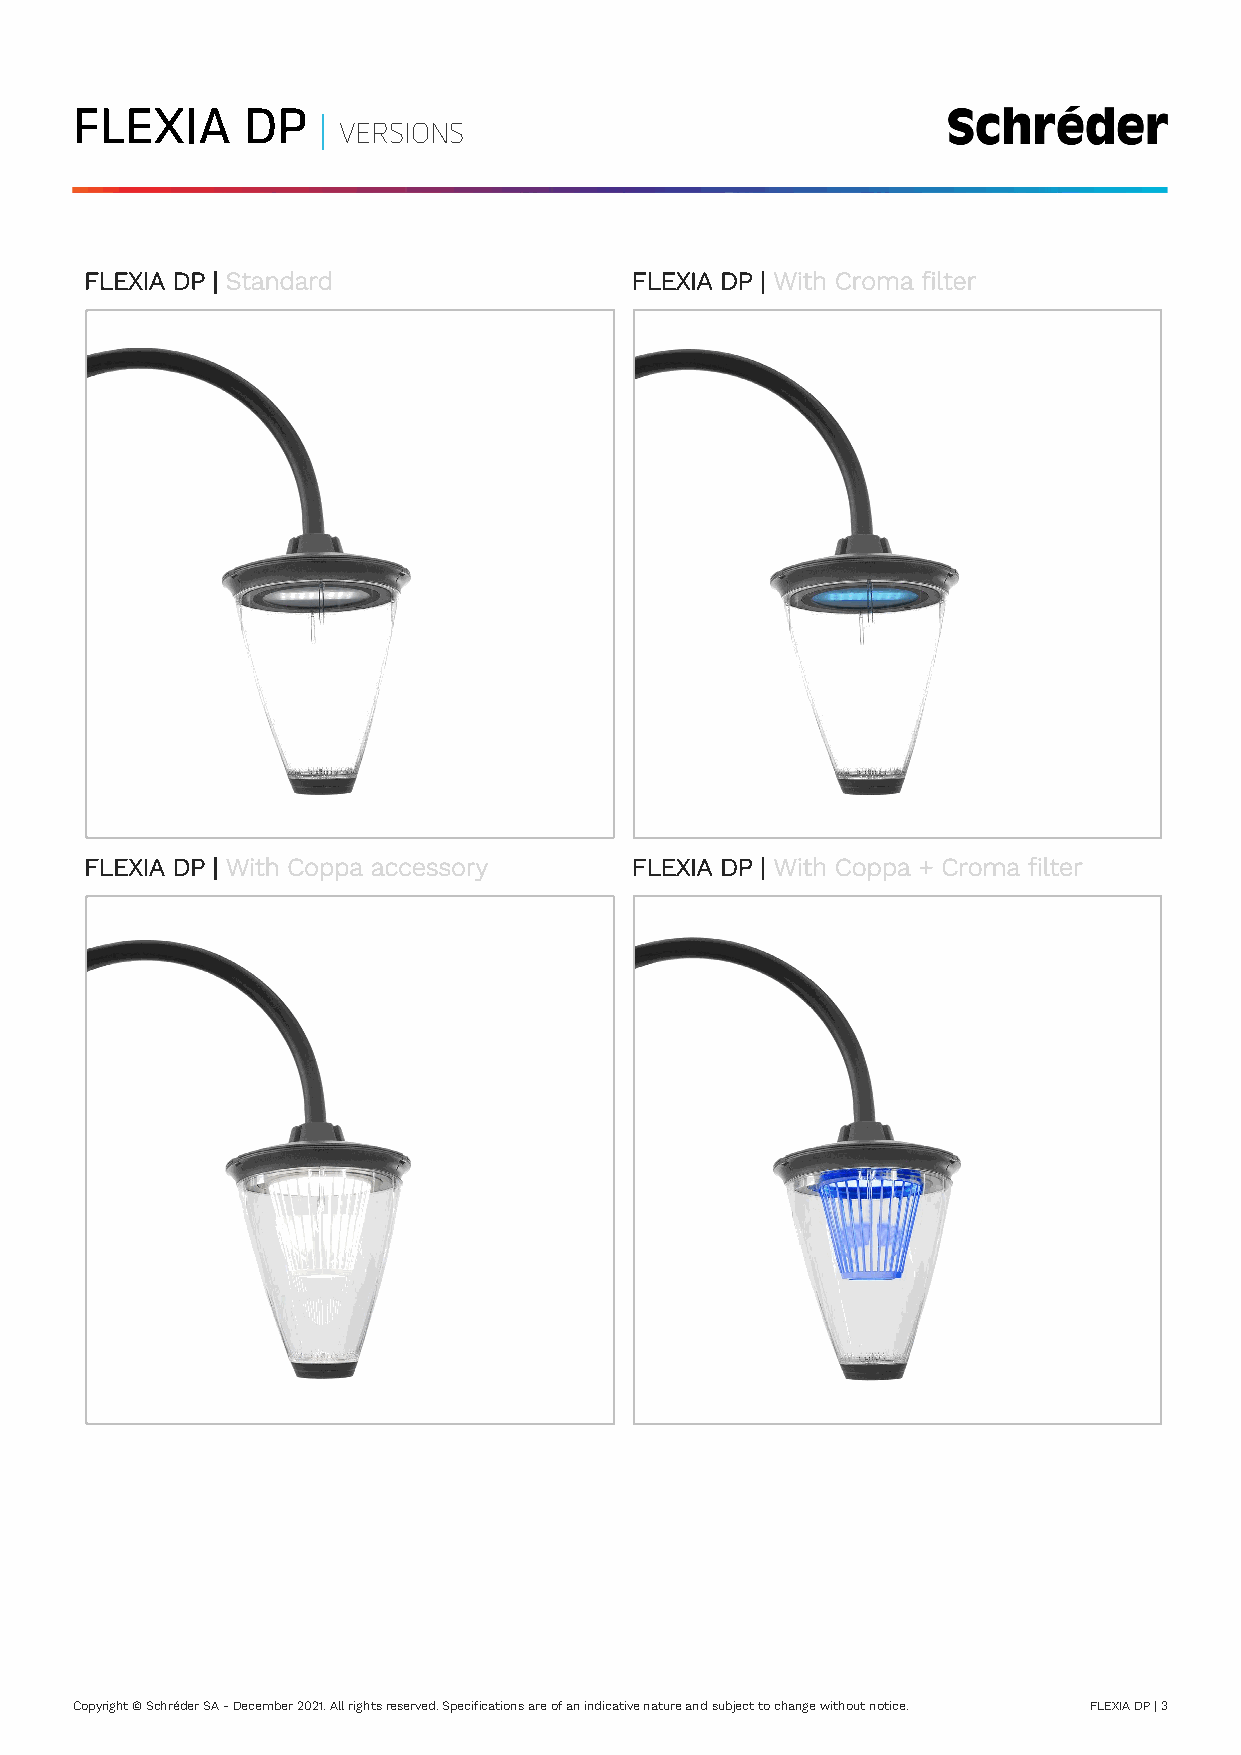
FLEXIA     DP   |
 VERSIONS
 FLEXIA DP | Standard                FLEXIA DP | With Croma filter
 FLEXIA DP | With Coppa accessory    FLEXIA DP | With Coppa + Croma filter
 Copyright © Schréder SA - December 2021. All rights reserved. Specifications are of an indicative nature and subject to change without notice. FLEXIA DP | 3